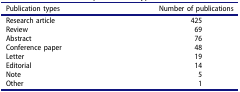
<table><thead><tr><td><b>Publication types</b></td><td><b>Number of publications</b></td></tr></thead><tbody><tr><td>Research article</td><td>425</td></tr><tr><td>Review</td><td>69</td></tr><tr><td>Abstract</td><td>76</td></tr><tr><td>Conference paper</td><td>48</td></tr><tr><td>Letter</td><td>19</td></tr><tr><td>Editorial</td><td>14</td></tr><tr><td>Note</td><td>5</td></tr><tr><td>Other</td><td>1</td></tr></tbody></table>